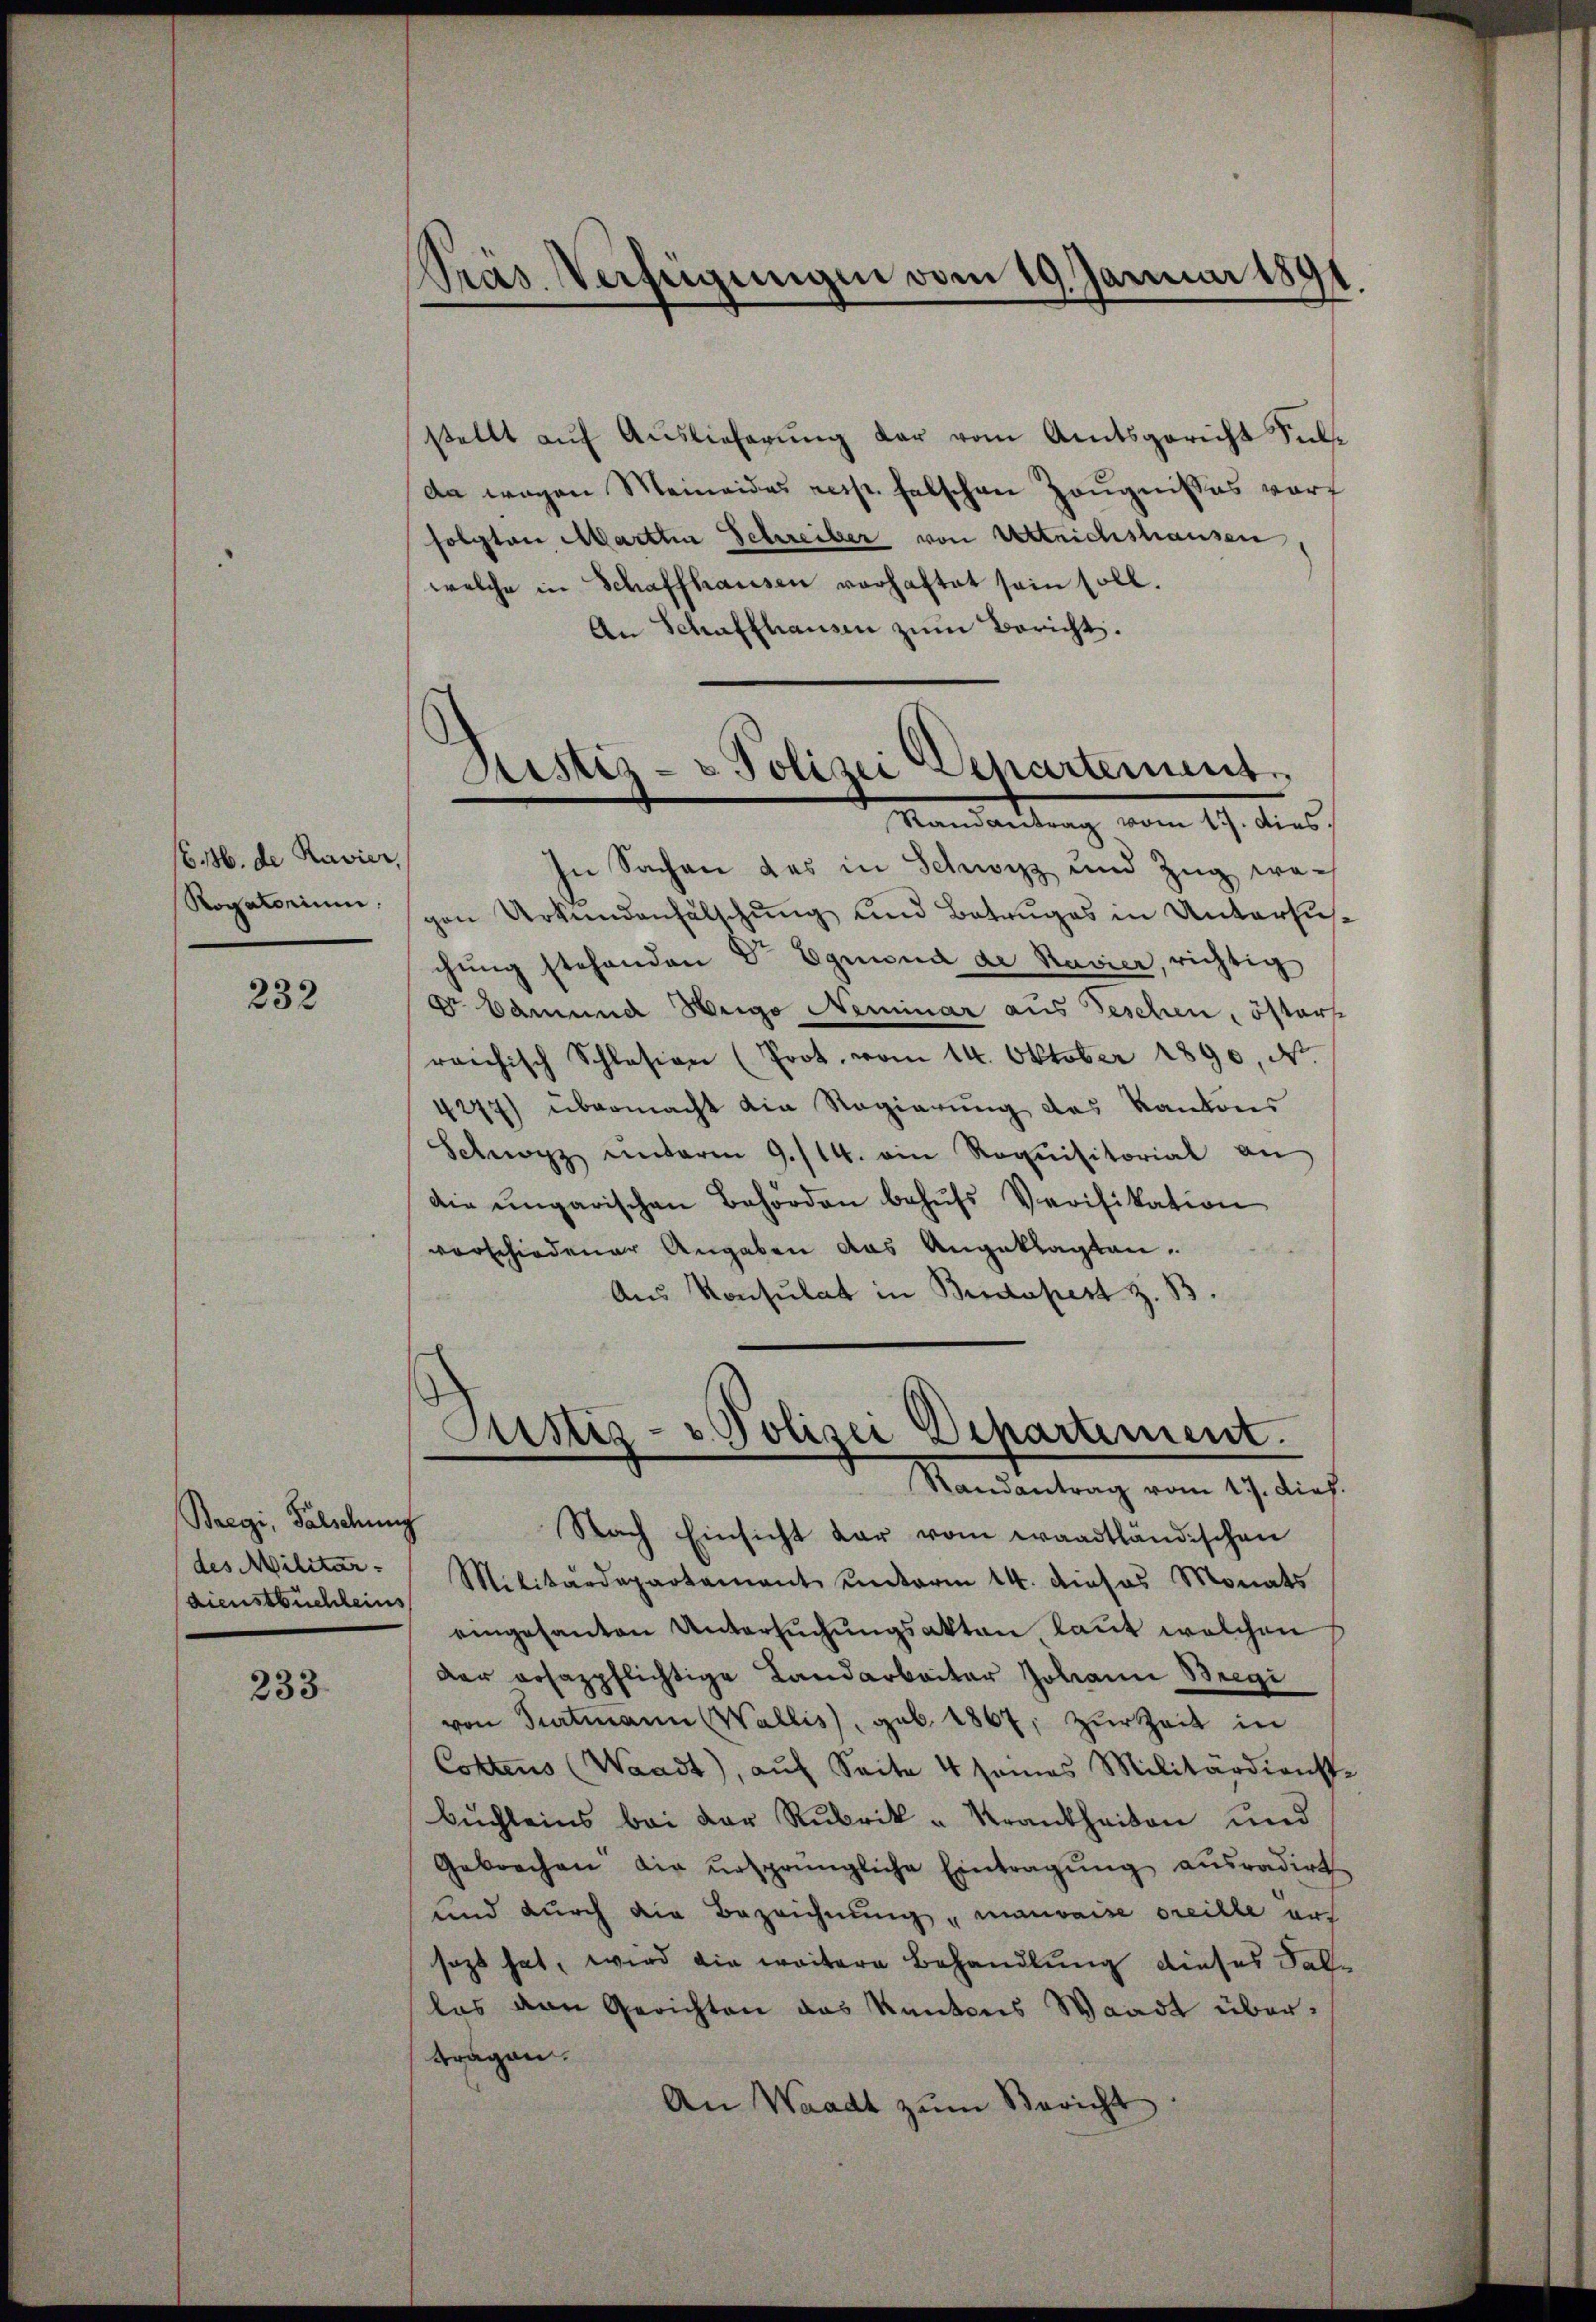
/6. 16. de Ravier,
Rogatorium.

232

Baegi, Falschung
dienstbüchleins

233.

Präs. Verfeigungen vom 19. Januar 189

stellt auf Auslieferung der vom Amtsgericht Fule
da wegen Meineides resp. falschen Zeugnisses vorf
folgten Marttin Schreiber von Urteichshausen
welche in Schaffhausen verhaftet sein soll.
An Schaffhausen zum Bericht.

In Sachen des in Schwyz und Zug, wogen Urkundenfälschung und Betruges in Untersuchung stehenden Dr Egnina de Ravier, richtig
Dr. Edmund Weige Neminar aus Beschen, öfters
reichisch Schlesian (Prot. vom 14. Oktober 1890, Ns.
4277) übermacht die Regierung des Kantons
Schwarz unterm 9./14. ein Requisitorial an
die ungarischen Behörden behŭfs Verifikation
vorschiedener Angaben das Angeklagten.
Aus Konsulat in Budapest z. B.

Justiz- & Polizei Departement
Randantrag vom 19. dies

Justiz- u Polizei Departement.
Randantrag vom 17. Dieh.

Nach Einsicht dar vom waadtländischen
des Militar-Militärdepartement unterm 14. dieses Monats
eingesanten Untersŭchŭngsakten laut welchen
Der rosazpflichtige Landarbeiter Johann Bregi
von Turtmann Wallis, geb. 1867, zur Zeit in
Costens (Waadt), auf Seite 4 seines Militärdienste
bŭchleins bei der Rubrik - Krankheiten und
Gebrachen die ursprüngliche Eintragŭng aŭsradirt
und durch die Bezeichnung "mauvaise Freille aus
sezt hat, wird die weitere Behandlung dieses Sallas von Gerichten das Kantons Waadt übertragen.
An Waadt zŭm Bericht